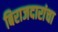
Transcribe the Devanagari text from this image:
बिराजदारांचा